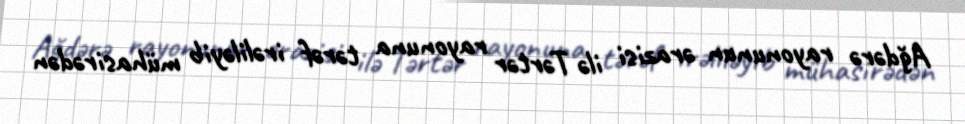
Ağdərə rayonunun ərazisi ilə Tərtər rayonuna tərəf irəliləyib mühasirədən